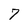
Character: 7